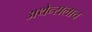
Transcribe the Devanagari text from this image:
अथेन्सलाच